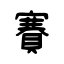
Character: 賽